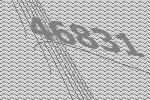
46831